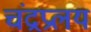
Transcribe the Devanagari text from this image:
चंद्रप्रलय